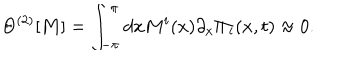
LaTeX: \Theta ^ { ( 2 ) } [ { \bf M } ] = \int _ { - \pi } ^ { \pi } d x M ^ { i } ( x ) \partial _ { x } \Pi _ { i } ( x , t ) \approx 0 .